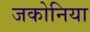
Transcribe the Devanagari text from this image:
जकोनिया